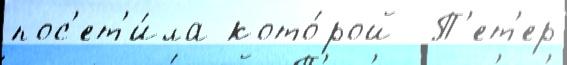
пос'ет'и́ла кото́рой  П'ет'ер